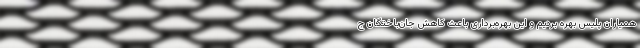
همیاران پلیس بهره بردیم و این بهره‌برداری باعث کاهش جان‌باختگان ج